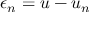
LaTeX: \epsilon _ { n } = u - u _ { n }